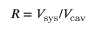
R = V _ { \mathrm { s y s } } / V _ { \mathrm { c a v } }